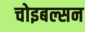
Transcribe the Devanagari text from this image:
चोइबल्सन